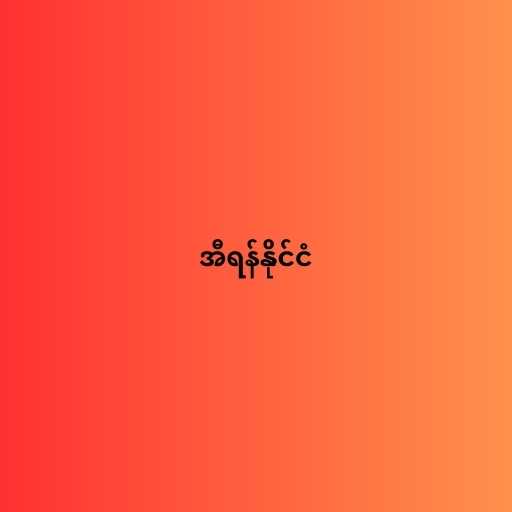
အီရန်နိုင်ငံ